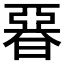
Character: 𣉩